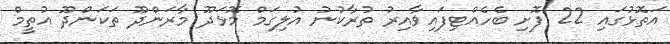
އަތޮޅުގައި 22 ފޮށި ބެހެއްޓިފައިވާއިރު ތުރާކުނު އުލިގަމް މޮޅަދޫ މާރަންދޫ ތަކަންދޫ އުތީމް